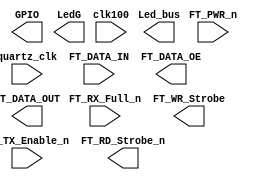

// Efinity Top-level template
// Version: 2022.1.226.1.9

// Copyright (C) 2017 - 2022 Efinix Inc. All rights reserved.

// This file may be used as a starting point for Efinity synthesis top-level target.
// The port list here matches what is expected by Efinity constraint files generated
// by the Efinity Interface Designer.

// To use this:
//     #1)  Save this file with a different name to a different directory, where source files are kept.
//              Example: you may wish to save as D:\Cloud\GitHub\CMD3_KIT\Software\TrionT8_KIT\TrionT8_KIT.v
//     #2)  Add the newly saved file into Efinity project as design file
//     #3)  Edit the top level entity in Efinity project to:  TrionT8_KIT
//     #4)  Insert design content.


module TrionT8_KIT
(
  input quartz_clk,
  input FT_RX_Full_n,
  input [7:0] FT_DATA_IN,
  input FT_PWR_n,
  input FT_TX_Enable_n,
  input clk100,
  output [8:1] GPIO,
  output LedG,
  output [3:0] Led_bus,
  output [7:0] FT_DATA_OUT,
  output [7:0] FT_DATA_OE,
  output FT_RD_Strobe_n,
  output FT_WR_Strobe
);


endmodule